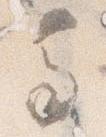
馬